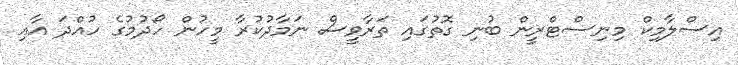
އިސްލާމިކް މިނިސްޓްރީން ބުނި ގޮތުގައި ތަރާވީސް ނަމާދުކުރާ މީހުން ހޯދުމުގެ ހުއްދަ އާއި